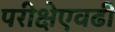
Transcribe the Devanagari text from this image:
परीक्षेएवढी